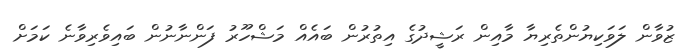
ޒުވާން ލަވަކިޔުންތެރިޔާ މާއިން ރަޝީދުގެ އިތުރުން ބައެއް މަޝްހޫރު ފަންނާނުން ބައިވެރިވާނެ ކަމަށް